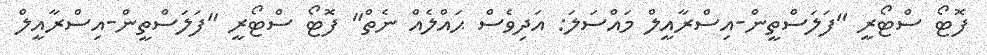
ފޮޓޯ ސްޓޯރީ "ފަލަސްތީން-އިސްރާއީލް މައްސަލަ: އަދިވެސް ޙައްލެއް ނެތް" ފޮޓޯ ސްޓޯރީ "ފަލަސްތީން-އިސްރާއީލް